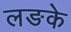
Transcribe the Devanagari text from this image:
लङके